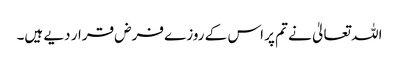
اللہ تعالیٰ نے تم پر اس کے روزے فرض قرار دیے ہیں۔